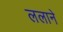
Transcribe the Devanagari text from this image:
ललाने